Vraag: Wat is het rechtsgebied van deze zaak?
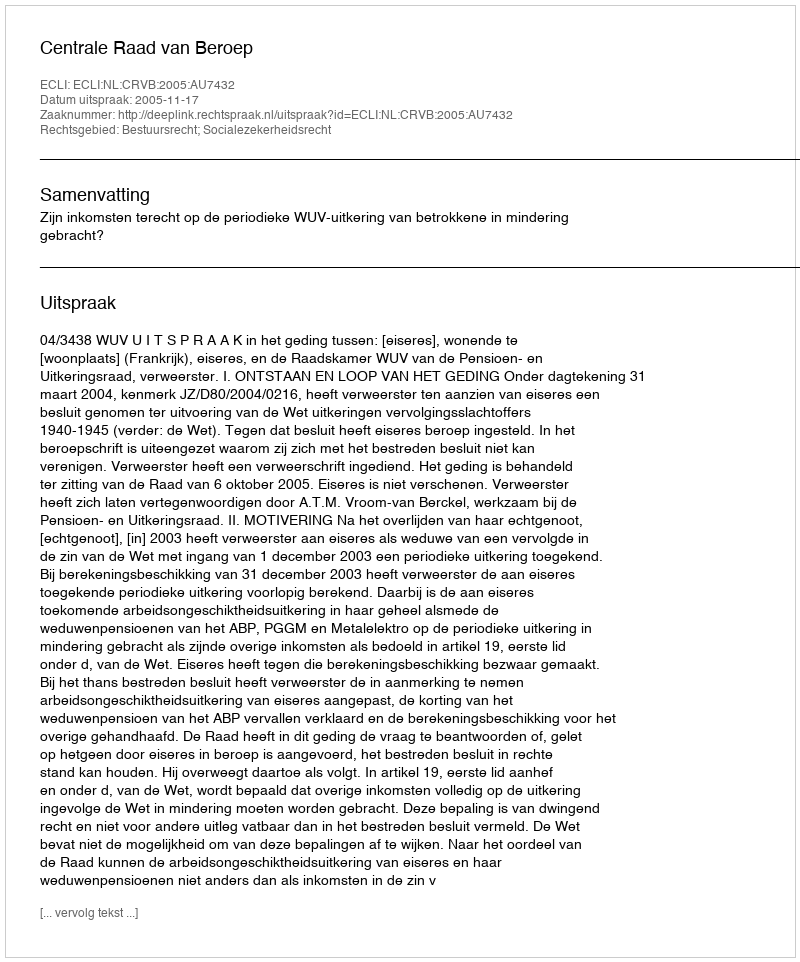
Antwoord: Bestuursrecht; Socialezekerheidsrecht